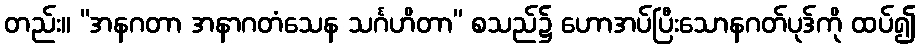
တည်း။ “အနဂတာ အနာဂတံသေန သင်္ဂဟိတာ” စသည်၌ ဟောအပ်ပြီးသောနဂတ်ပုဒ်ကို ထပ်၍